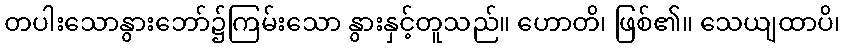
တပါးသောနွားဘော်၌ကြမ်းသော နွားနှင့်တူသည်။ ဟောတိ၊ ဖြစ်၏။ သေယျထာပိ၊